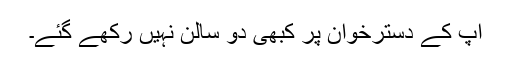
آپ کے دسترخوان پر کبھی دو سالن نہیں رکھے گئے۔